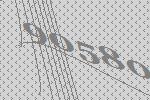
90580